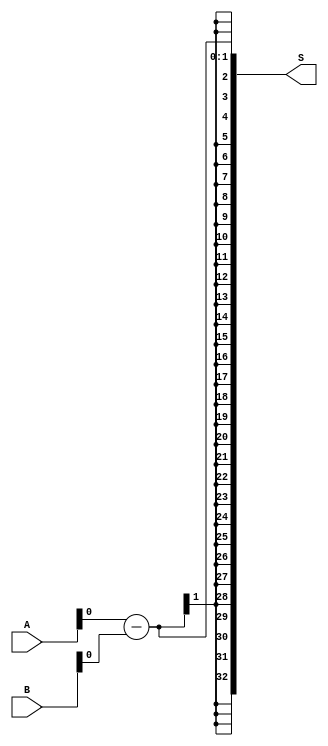
`timescale 1ns / 1ps
//////////////////////////////////////////////////////////////////////////////////
// Company: 
// Engineer: 
// 
// Design Name: 
// Module Name:    ADC_ty 
// Project Name: 
// Target Devices: 
// Tool versions: 
// Description: 
//
// Dependencies: 
//
// Revision: 
// Revision 0.01 - File Created
// Additional Comments: 
//
//////////////////////////////////////////////////////////////////////////////////
module ADC_ty(input [31:0] A, 
				 input [31:0] B, 
				 output [32:0] S
				  );
				  
//wire B_Notation;
	wire AA,BB;
	assign AA={1'b1,A};
	assign BB={1'b1,B};
	assign S=AA-BB;

endmodule